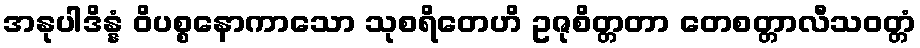
အနုပါဒိန္နံ ဝိပစ္စနောကာသော သုစရိတေဟိ ဥဇုစိတ္တတာ တေစတ္တာလီသဝတ္တံ